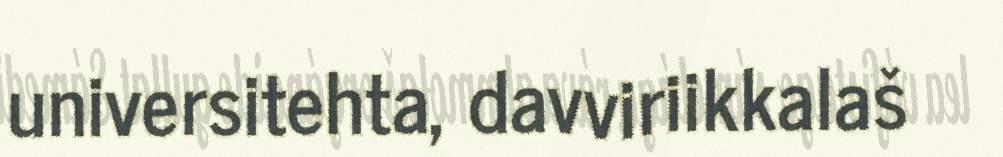
universitehta, davviriikkalaš